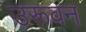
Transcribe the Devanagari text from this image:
उरूवन